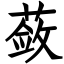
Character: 蔹